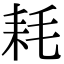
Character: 耗